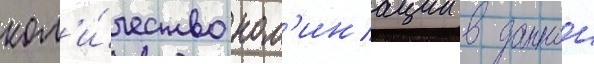
кол'и́чество ном'инации в даннои